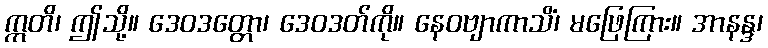
ဣတိ၊ ဤသို့။ ဒေဝဒတ္တော၊ ဒေဝဒတ်ကို။ နေဝဗျာကာသိံ၊ မဖြေကြား။ အာနန္ဒ၊